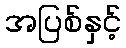
အပြစ်နှင့်